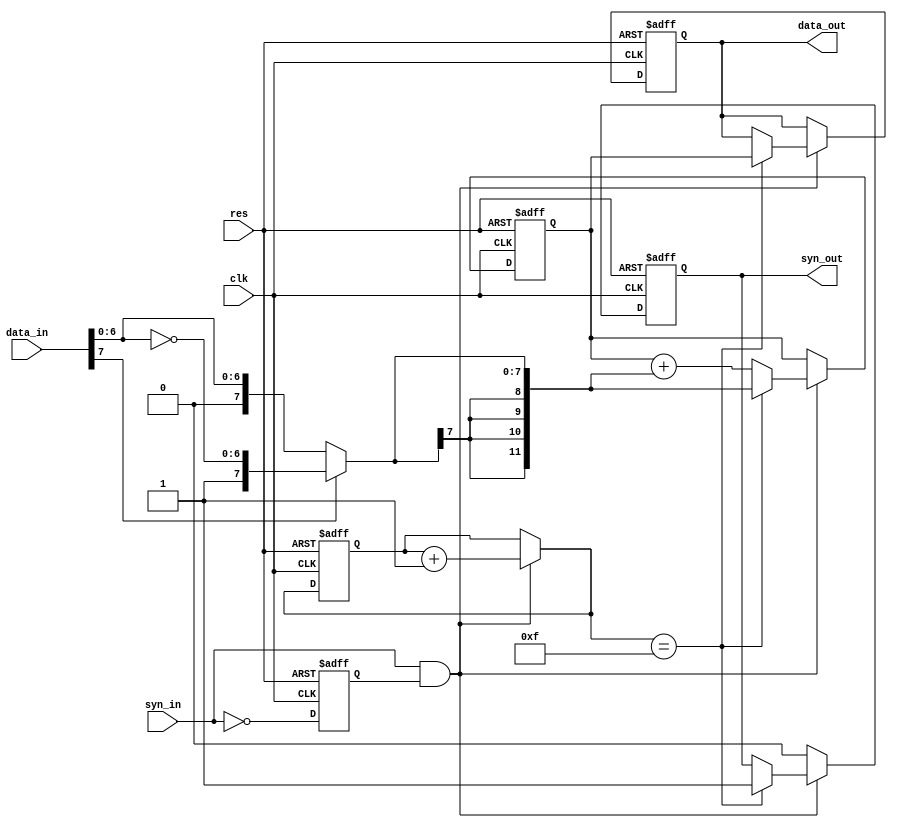
//2022-05-18 ,
//16;

`timescale 1ns/10ps
module sigma_16p(
                 clk,
		           res,
		           data_in,
                 syn_in,
                 data_out,
                 syn_out);

input           clk;
input           res;
input[7:0]      data_in;     //
input           syn_in;      //
output[11:0]    data_out;     // 
output          syn_out;     //


reg             syn_in_n1;   //syn_in 
wire            syn_pulse;   //

assign          syn_pulse=syn_in & syn_in_n1;

reg[3:0]        con_syn;     //;

wire[7:0]       comp_8;      //
wire[11:0]      d_12;        // ;

reg[11:0]       data_out;


//assign          comp_8=data_in[7]?   {data_in[7],data_in[6:0]}  :data_in;  //



assign          comp_8=data_in[7]?{data_in[7],~data_in[6:0]}:data_in;

assign          d_12={comp_8[7],comp_8[7],comp_8[7],comp_8[7],comp_8};

reg[11:0]       sigma;//

reg             syn_out;

always@(posedge clk or negedge res )


   if (~res )begin 
   	syn_in_n1<=0;con_syn<=0;sigma<=0;data_out<=0;
      syn_out<=0;
   end

   else begin 
      syn_in_n1<=~syn_in;
       
      if (syn_pulse) begin 
          con_syn=con_syn+1;
          end

      if (syn_pulse) begin 

          if (con_syn==15)begin 
          
          sigma<=d_12;
          data_out<=sigma;
          syn_out<=1;
          end
          
          else begin 
          sigma<=sigma+d_12;
          end
      end
      else  begin 
            syn_out<=0;
      end
      
   end 

endmodule